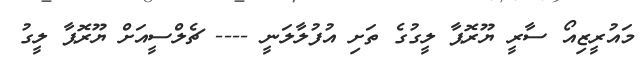
މައުރީޒިއޯ ސާރީ ޔޫރޮޕާ ލީގުގެ ތަށި އުފުލާލަނީ ---- ޗެލްސީއަށް ޔޫރޮޕާ ލީގު